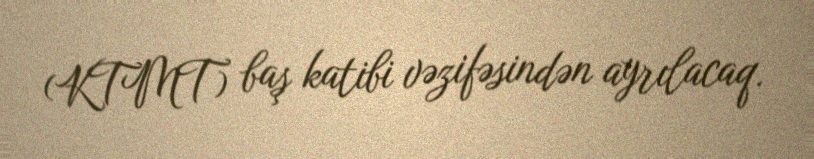
(KTMT) baş katibi vəzifəsindən ayrılacaq.